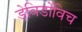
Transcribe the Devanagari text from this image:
डेविडोविच